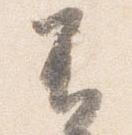
不